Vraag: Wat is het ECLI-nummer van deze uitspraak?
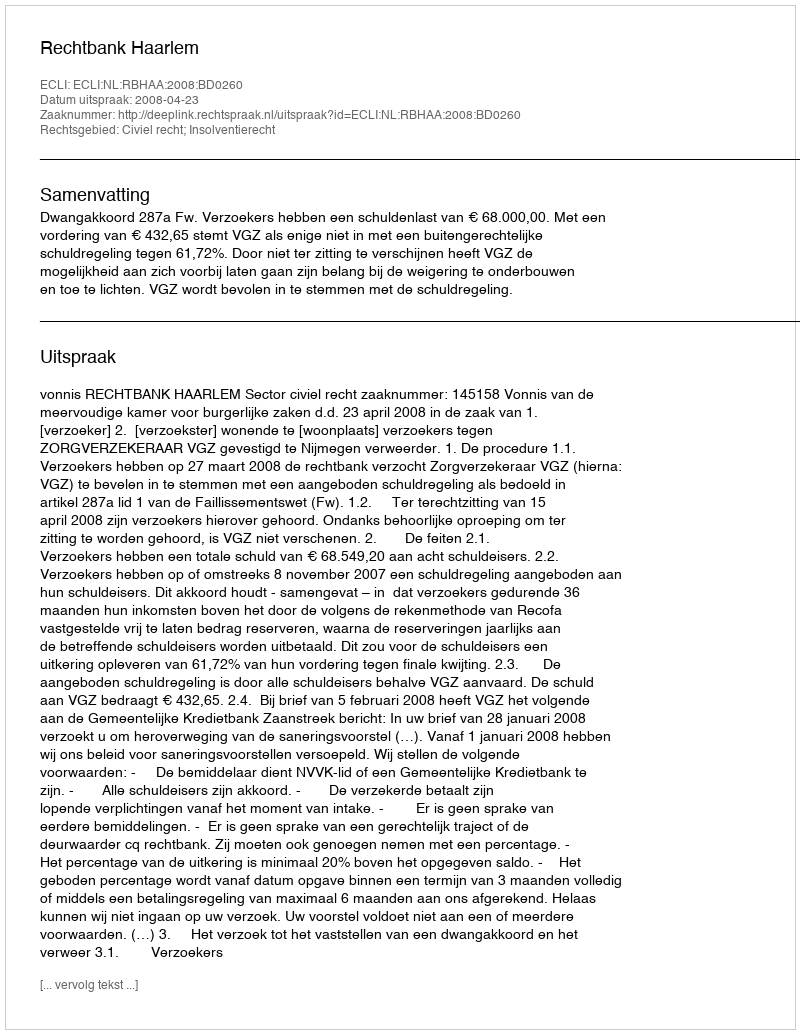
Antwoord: ECLI:NL:RBHAA:2008:BD0260